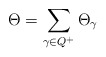
\begin{align*}\Theta=\sum_{\gamma\in Q^+}\Theta_\gamma\end{align*}